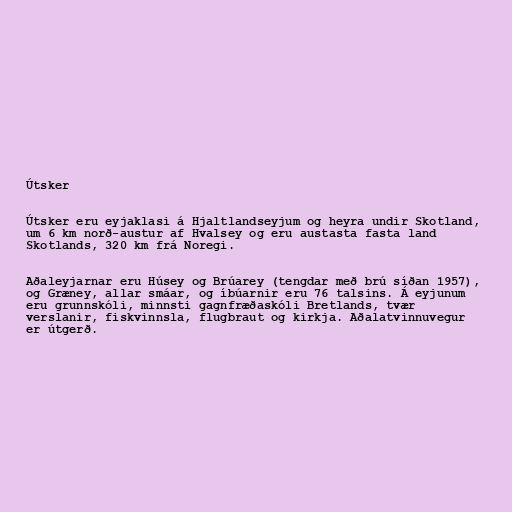
Útsker

Útsker eru eyjaklasi á Hjaltlandseyjum og heyra undir Skotland,
um 6 km norð-austur af Hvalsey og eru austasta fasta land
Skotlands, 320 km frá Noregi.

Aðaleyjarnar eru Húsey og Brúarey (tengdar með brú síðan 1957),
og Græney, allar smáar, og íbúarnir eru 76 talsins. Á eyjunum
eru grunnskóli, minnsti gagnfræðaskóli Bretlands, tvær
verslanir, fiskvinnsla, flugbraut og kirkja. Aðalatvinnuvegur
er útgerð.